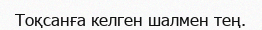
Тоқсанға келген шалмен тең.